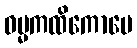
ဓမ္မကထိကောပေ